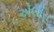
એલીસ